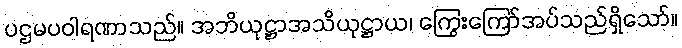
ပဌမပဝါရဏာသည်။ အဘိယုဋ္ဌာအသိယုဋ္ဌာယ၊ ကြွေးကြော်အပ်သည်ရှိသော်။